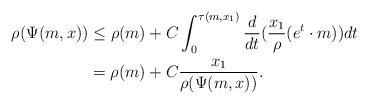
LaTeX: \begin{align*}\rho(\Psi(m,x)) &\leq \rho(m) + C\int_0^{\tau(m,x_1)}\frac{d}{dt}(\frac{x_1}{\rho}(e^t\cdot m))dt \\&= \rho(m) + C\frac{x_1}{\rho(\Psi(m,x))}.\end{align*}